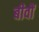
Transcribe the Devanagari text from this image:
बीवों